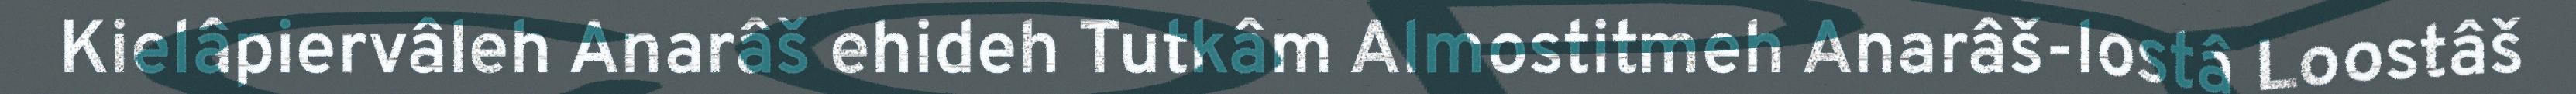
Kielâpiervâleh Anarâš ehideh Tutkâm Almostitmeh Anarâš-lostâ Loostâš